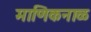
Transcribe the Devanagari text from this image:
माणिकनाळ